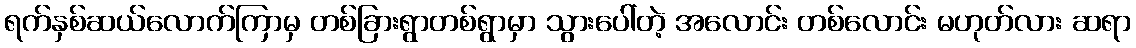
ရက်နှစ်ဆယ်လောက်ကြာမှ တစ်ခြားရွာတစ်ရွာမှာ သွားပေါ်တဲ့ အလောင်း တစ်လောင်း မဟုတ်လား ဆရာ